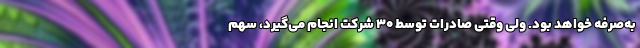
به‌صرفه خواهد بود. ولی وقتی صادرات توسط ۳۰ شرکت انجام می‌گیرد، سهم